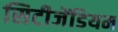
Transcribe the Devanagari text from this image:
सिटीजेंडियम